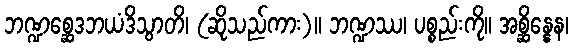
ဘဏ္ဍစ္ဆေဒဘယံဒိသွာတိ၊ (ဆိုသည်ကား)။ ဘဏ္ဍဿ၊ ပစ္စည်းကို။ အစ္ဆိန္နေန၊